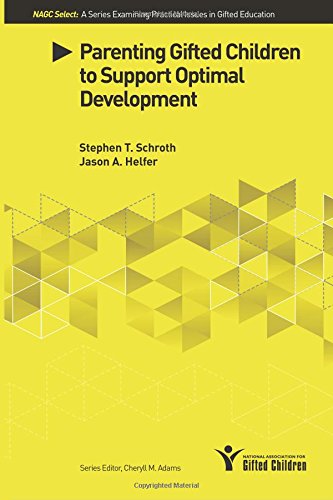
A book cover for Parenting Gifted Children to Support Optimal Development; Stephen T. Schroth; Parenting & Relationships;